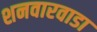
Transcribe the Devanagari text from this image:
शनवारवाडा